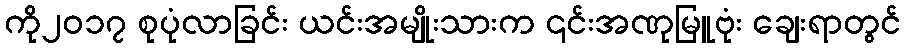
ကို၂၀၁၇ စုပုံလာခြင်း ယင်းအမျိုးသားက ၎င်းအဏုမြူဗုံး ချေးရာတွင်